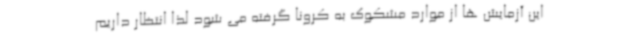
این آزمایش ها از موارد مشکوک به کرونا گرفته می شود لذا انتظار داریم